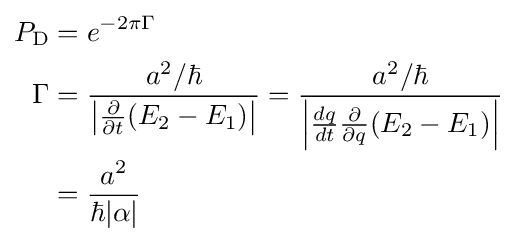
{\begin{aligned}P_{\rm {D}}&=e^{-2\pi \Gamma }\\\Gamma &={a^{2}/\hbar  \over \left|{\frac {\partial }{\partial t}}(E_{2}-E_{1})\right|}={a^{2}/\hbar  \over \left|{\frac {dq}{dt}}{\frac {\partial }{\partial q}}(E_{2}-E_{1})\right|}\\&={a^{2} \over \hbar |\alpha |}\end{aligned}}